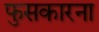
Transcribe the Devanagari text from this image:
फुसकारना